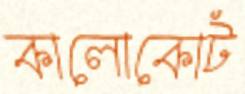
কালোকোট